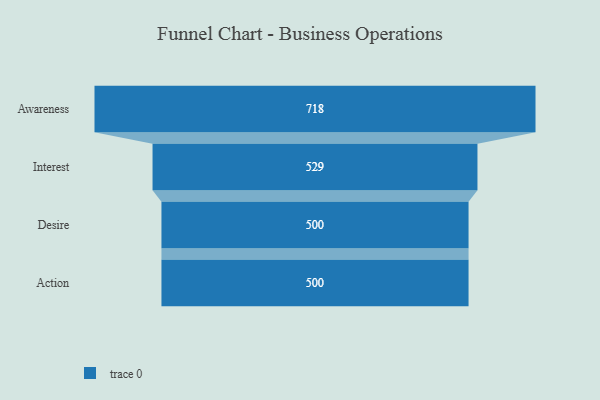
{"axis": {"x": "Stage", "y": "Value"}, "legend": [""], "data": [{"x": "Awareness", "y": 718.0, "type": ""}, {"x": "Interest", "y": 529.0, "type": ""}, {"x": "Desire", "y": 500, "type": ""}, {"x": "Action", "y": 500, "type": ""}]}